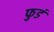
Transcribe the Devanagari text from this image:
फुडं